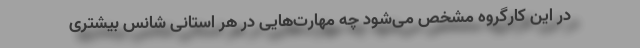
در این کارگروه مشخص می‌شود چه مهارت‌هایی در هر استانی شانس بیشتری